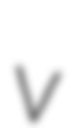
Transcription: v